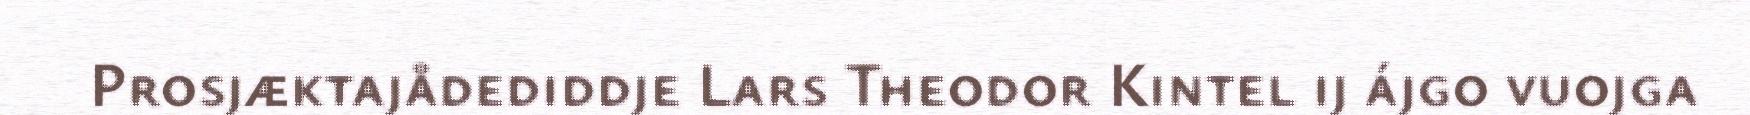
Prosjæktajådediddje Lars Theodor Kintel ij ájgo vuojga